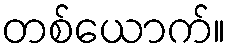
တစ်ယောက်။